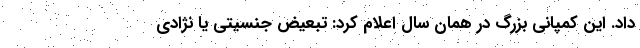
داد. این کمپانی بزرگ در همان سال اعلام کرد: تبعیض جنسیتی یا نژادی